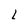
Character: L